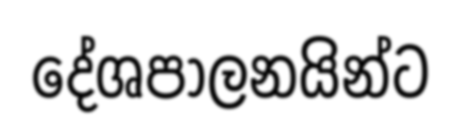
දේශපාලනයින්ට